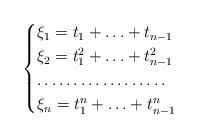
LaTeX: \begin{align*}\begin{cases}\xi_1=t_1+\ldots+t_{n-1} \\ \xi_2=t_1^2+\ldots+t_{n-1}^2\\\dots\ldots \dots\ldots\dots\ldots\\ \xi_{n}=t_1^{n}+\ldots+t_{n-1}^n\end{cases}\end{align*}